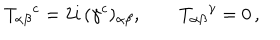
T _ { \alpha \beta } { } ^ { c } = 2 i \, ( \gamma ^ { c } ) _ { \alpha \beta } , \qquad T _ { \alpha \beta } { } ^ { \gamma } = 0 \, ,